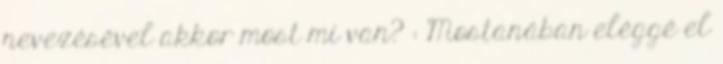
nevezésével akkor most mi van? : Mostanában eléggé el